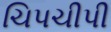
ચિપચીપી